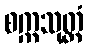
စက္ကသုတ္တံ